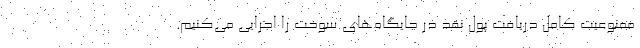
ممنوعیت کامل دریافت پول نقد در جایگاه‌های سوخت را اجرایی می‌کنیم.